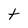
Character: t